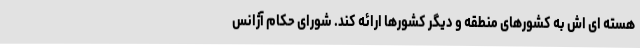
هسته ای اش به کشورهای منطقه و دیگر کشورها ارائه کند. شورای حکام آژانس